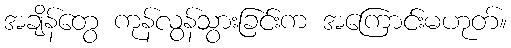
အချိန်တွေ ကုန်လွန်သွားခြင်းက အကြောင်းမဟုတ်။